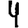
Digit: 4